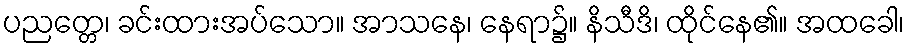
ပညတ္တေ၊ ခင်းထားအပ်သော။ အာသနေ၊ နေရာ၌။ နိသီဒိ၊ ထိုင်နေ၏။ အထခေါ၊